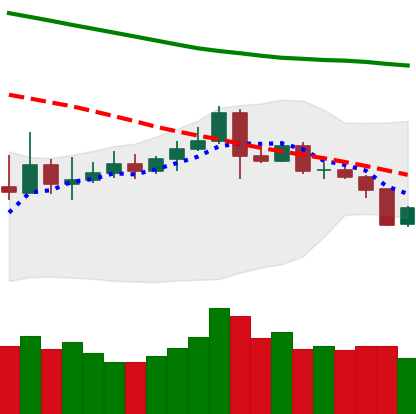
Ticker: ETC-USD
Chart end date: 2019-11-16
Forward return: -10.4%
Label: down_7plus